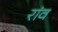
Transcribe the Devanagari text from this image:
रांव